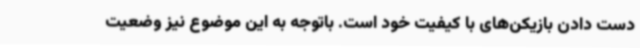
دست دادن بازیکن‌های با کیفیت خود است. باتوجه به این موضوع نیز وضعیت